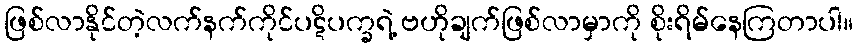
ဖြစ်လာနိုင်တဲ့လက်နက်ကိုင်ပဋိပက္ခရဲ့ ဗဟိုချက်ဖြစ်လာမှာကို စိုးရိမ်နေကြတာပါ။